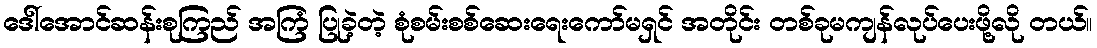
ဒေါ်အောင်ဆန်းစုကြည် အကြံ ပြုခဲ့တဲ့ စုံစမ်းစစ်ဆေးရေးကော်မရှင် အတိုင်း တစ်ခုမကျန်လုပ်ပေးဖို့လို တယ်။